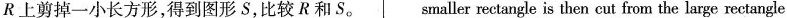
R上剪掉一小长方形,得到图形 S,比较 R和 S. smaller rectangle is then cut from the large rectangle